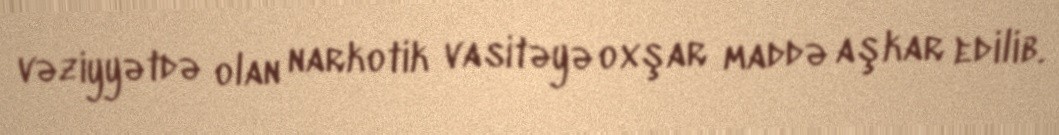
vəziyyətdə olan narkotik vasitəyə oxşar maddə aşkar edilib.